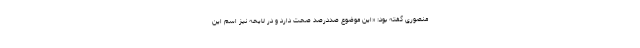
منصوری گفته بود: «این موضوع صددرصد صحت دارد و در لایحه نیز اسم این